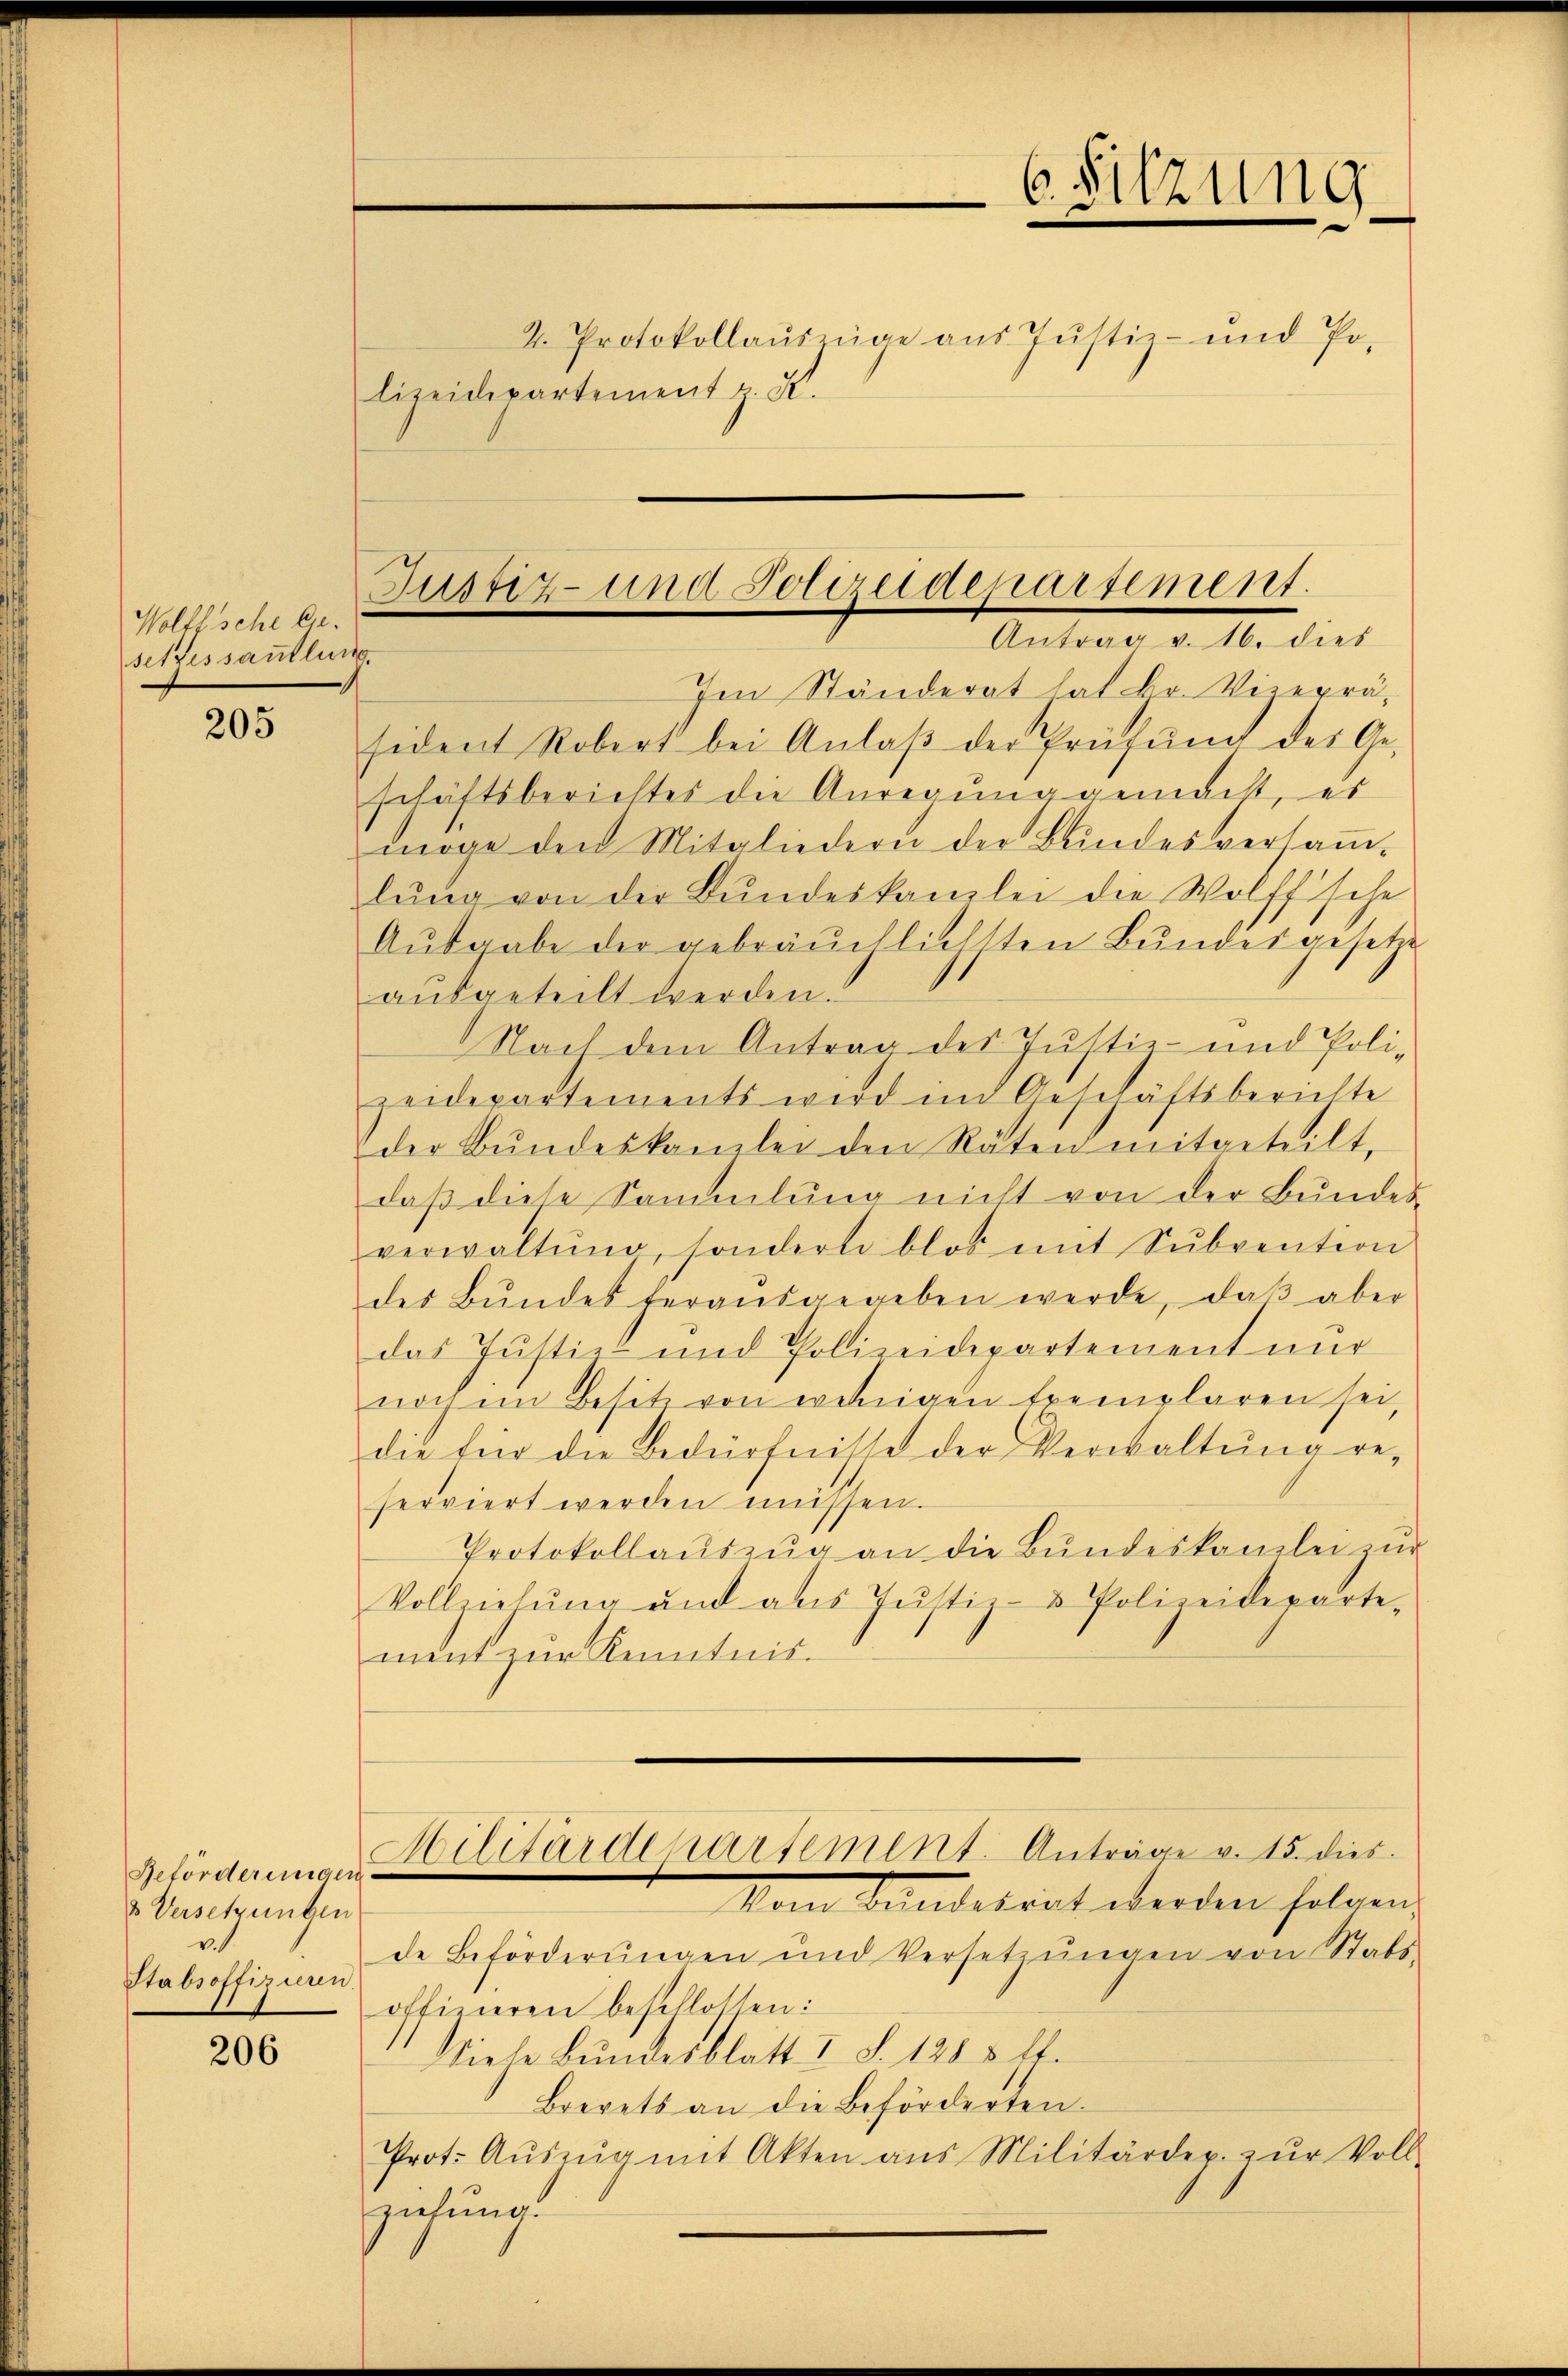
Wolffsche Eie
setzessautle

205

Beförderungen
& Versetzungen
v.
Stabsoffizieren

206

Justiz- und Poliruderartement.
Antrag v. 16. dies
r

lizeidepartement u. R.

Im Ständerat hat Hr. Vierpräsident Robert bei Anlaβ der Prüfŭng des Geschäftsberichtes die Anregung gemacht, es
möge den Mitgliedern der Bundesversaṁ-
lŭng von der Bŭndeskanzlei die Wolff'sche
Ausgabe der gebräuchlichsten Bundesgesetze
aŭsgeteilt werden.
Nach dem Antrag des Justiz- und Poli-
zeidepartements wird und Geschäftsberichte
der Bŭndeskamlei den Räten mitgeteilt,
daβ diese Sammlung nicht von der Bundes-
verwaltŭng, sondern blos mit Sŭbvention
des Bŭndes herausgegeben werde, daβ aber
das Justiz- und Polizeidepartement nur
noch im Besitz von wenigen Exemplaren sei,
die für die Bedürfnisse der Verwaltŭng re-
serviert werden müssen.
Protokollaŭszŭg an die Bŭndeskanzlei zŭr
Vollziehŭng und aus Jŭstiz- & Polizeideparte-
ment zur Kenntnis.
Hilitärdepartement. Anträge v. 15. dies
Vom Bundesrat werden folgen
de Beförderungen und Verset ŭngen von Stabs-
offizieren beschlossen:
Viele Bundesblatt I S. 128 § lt.
Brevets an die Beförderten.
Prot. Aŭszŭg mit Akten ans Militärdep. zŭr Voll-
ziehung.

6. Sitzung

2. Protokollausnige aus Justiz- und Po-